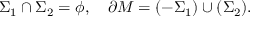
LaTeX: \Sigma _ { 1 } \cap \Sigma _ { 2 } = \phi , \quad \partial M = ( - \Sigma _ { 1 } ) \cup ( \Sigma _ { 2 } ) .